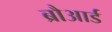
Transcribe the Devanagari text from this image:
ब्रौआर्ड